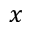
x